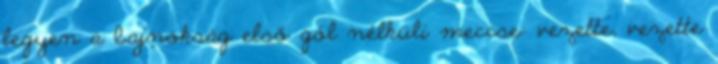
legyen a bajnokság első gól nélküli meccse: vezette, vezette